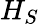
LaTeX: H_{S}